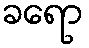
ခရော